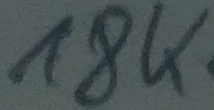
Text: 18K